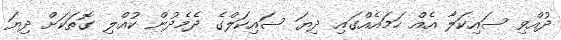
ދުއްވި ސައިކަލާ އެއް ހަމައެއްގައި ދިޔަ ސައިކަލްގެ ދެމެދުން ކުއްލި ގޮތަކަށް ދިޔަ